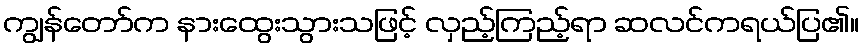
ကျွန်တော်က နားထွေးသွားသဖြင့် လှည့်ကြည့်ရာ ဆလင်ကရယ်ပြ၏။